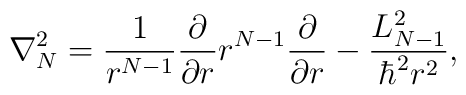
\nabla_N^2=\frac{1}{r^{N-1}}\frac{\partial}{\partial r}r^{N-1}\frac{\partial}{\partial r} - \frac{L_{N-1}^2}{\hbar^2r^2},